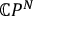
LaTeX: \mathbb { C } P ^ { N }